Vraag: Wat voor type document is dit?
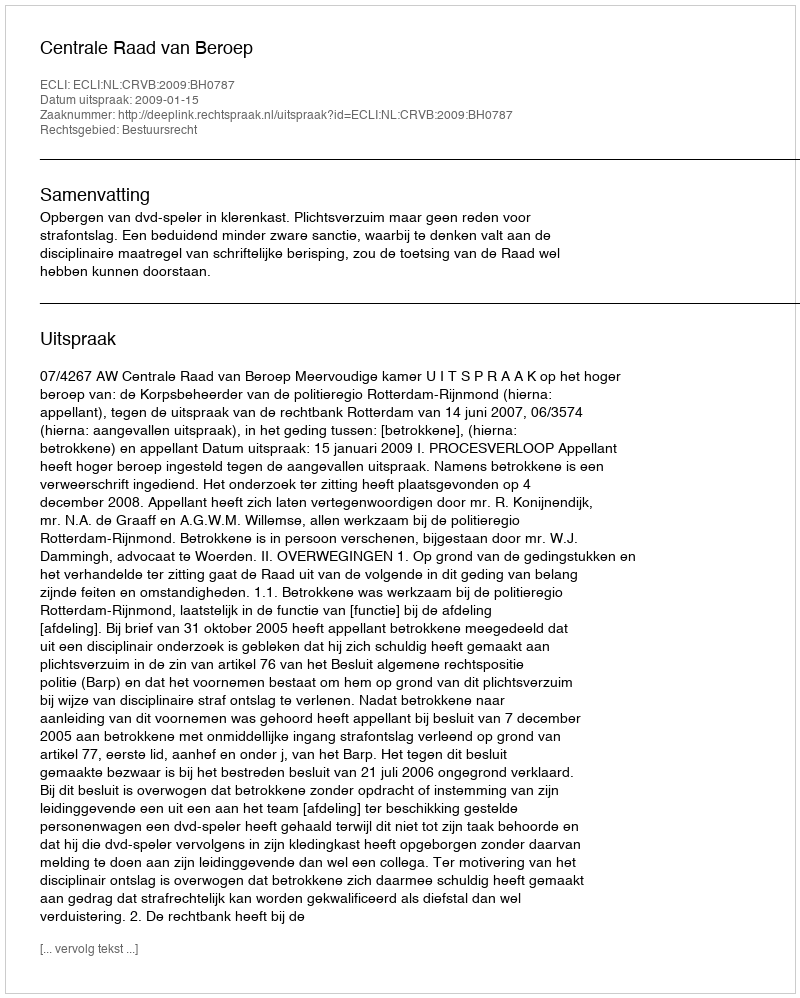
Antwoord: Uitspraak